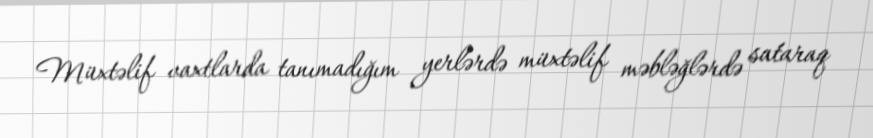
Müxtəlif vaxtlarda tanımadığım yerlərdə müxtəlif məbləğlərdə sataraq